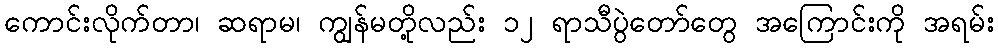
ကောင်းလိုက်တာ၊ ဆရာမ၊ ကျွန်မတို့လည်း ၁၂ ရာသီပွဲတော်တွေ အကြောင်းကို အရမ်း